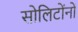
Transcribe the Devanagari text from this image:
सोलिटोंनों